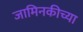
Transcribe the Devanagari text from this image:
जामिनकीच्या